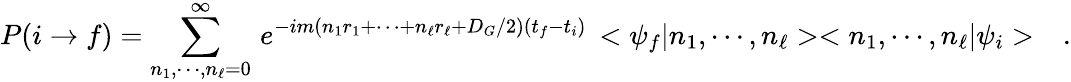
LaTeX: P(i\rightarrow f)=\sum_{n_{1},\cdots,n_{\ell}=0}^{\infty}\, e^{-im(n_{1}r_{1}+\cdots+n_{\ell}r_{\ell}+D_{G}/2)(t_{f}-t_{i})}\, <\psi_{f}|n_{1},\cdots,n_{\ell}><n_{1},\cdots,n_{\ell}|\psi_{i}>\ \ \ .